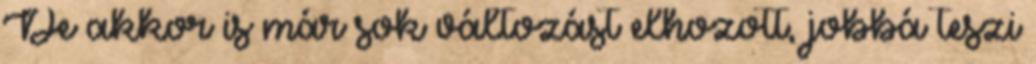
De akkor is már sok változást elhozott, jobbá teszi